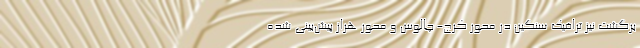
برگشت نیز ترافیک سنگین در محور کرج- چالوس و محور هراز پیش‌بینی شده